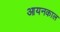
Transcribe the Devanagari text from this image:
आयनकाल